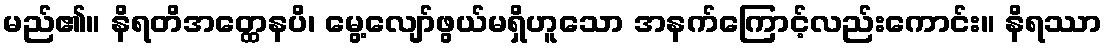
မည်၏။ နိရတိအတ္ထေနပိ၊ မွေ့လျော်ဖွယ်မရှိဟူသော အနက်ကြောင့်လည်းကောင်း။ နိရဿာ